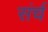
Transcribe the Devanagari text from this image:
संर्च